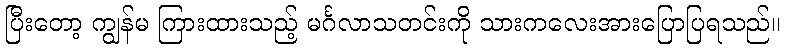
ပြီးတော့ ကျွန်မ ကြားထားသည့် မင်္ဂလာသတင်းကို သားကလေးအားပြောပြရသည်။